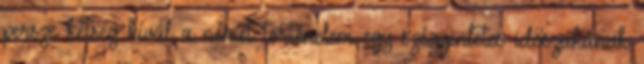
persze kétség kívül a német történelem egy szégyenletes időszakának